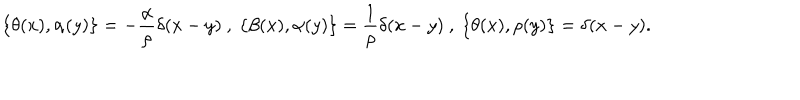
\{ \theta ( x ) , \alpha ( y ) \} = - { \frac { \alpha } { \rho } } \delta ( x - y ) ~ , ~ \{ \beta ( x ) , \alpha ( y ) \} = { \frac { 1 } { \rho } } \delta ( x - y ) ~ , ~ \{ \theta ( x ) , \rho ( y ) \} = \delta ( x - y ) .